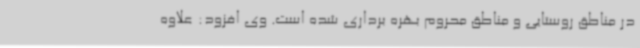
در مناطق روستایی و مناطق محروم بهره برداری شده است. وی افزود: علاوه